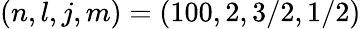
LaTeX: (n,l,j,m)=(100,2,3/2,1/2)